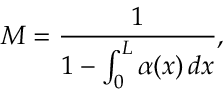
M = { \frac { 1 } { 1 - \int _ { 0 } ^ { L } \alpha ( x ) \, d x } } ,